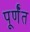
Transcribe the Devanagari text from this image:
पूर्णँत